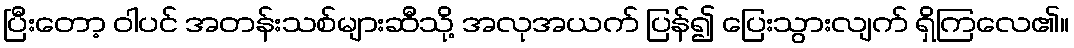
ပြီးတော့ ဝါပင် အတန်းသစ်များဆီသို့ အလုအယက် ပြန်၍ ပြေးသွားလျက် ရှိကြလေ၏။